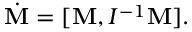
\begin{array} { r } { \dot { \bf M } = [ { \bf M } , I ^ { - 1 } { \bf M } ] . } \end{array}